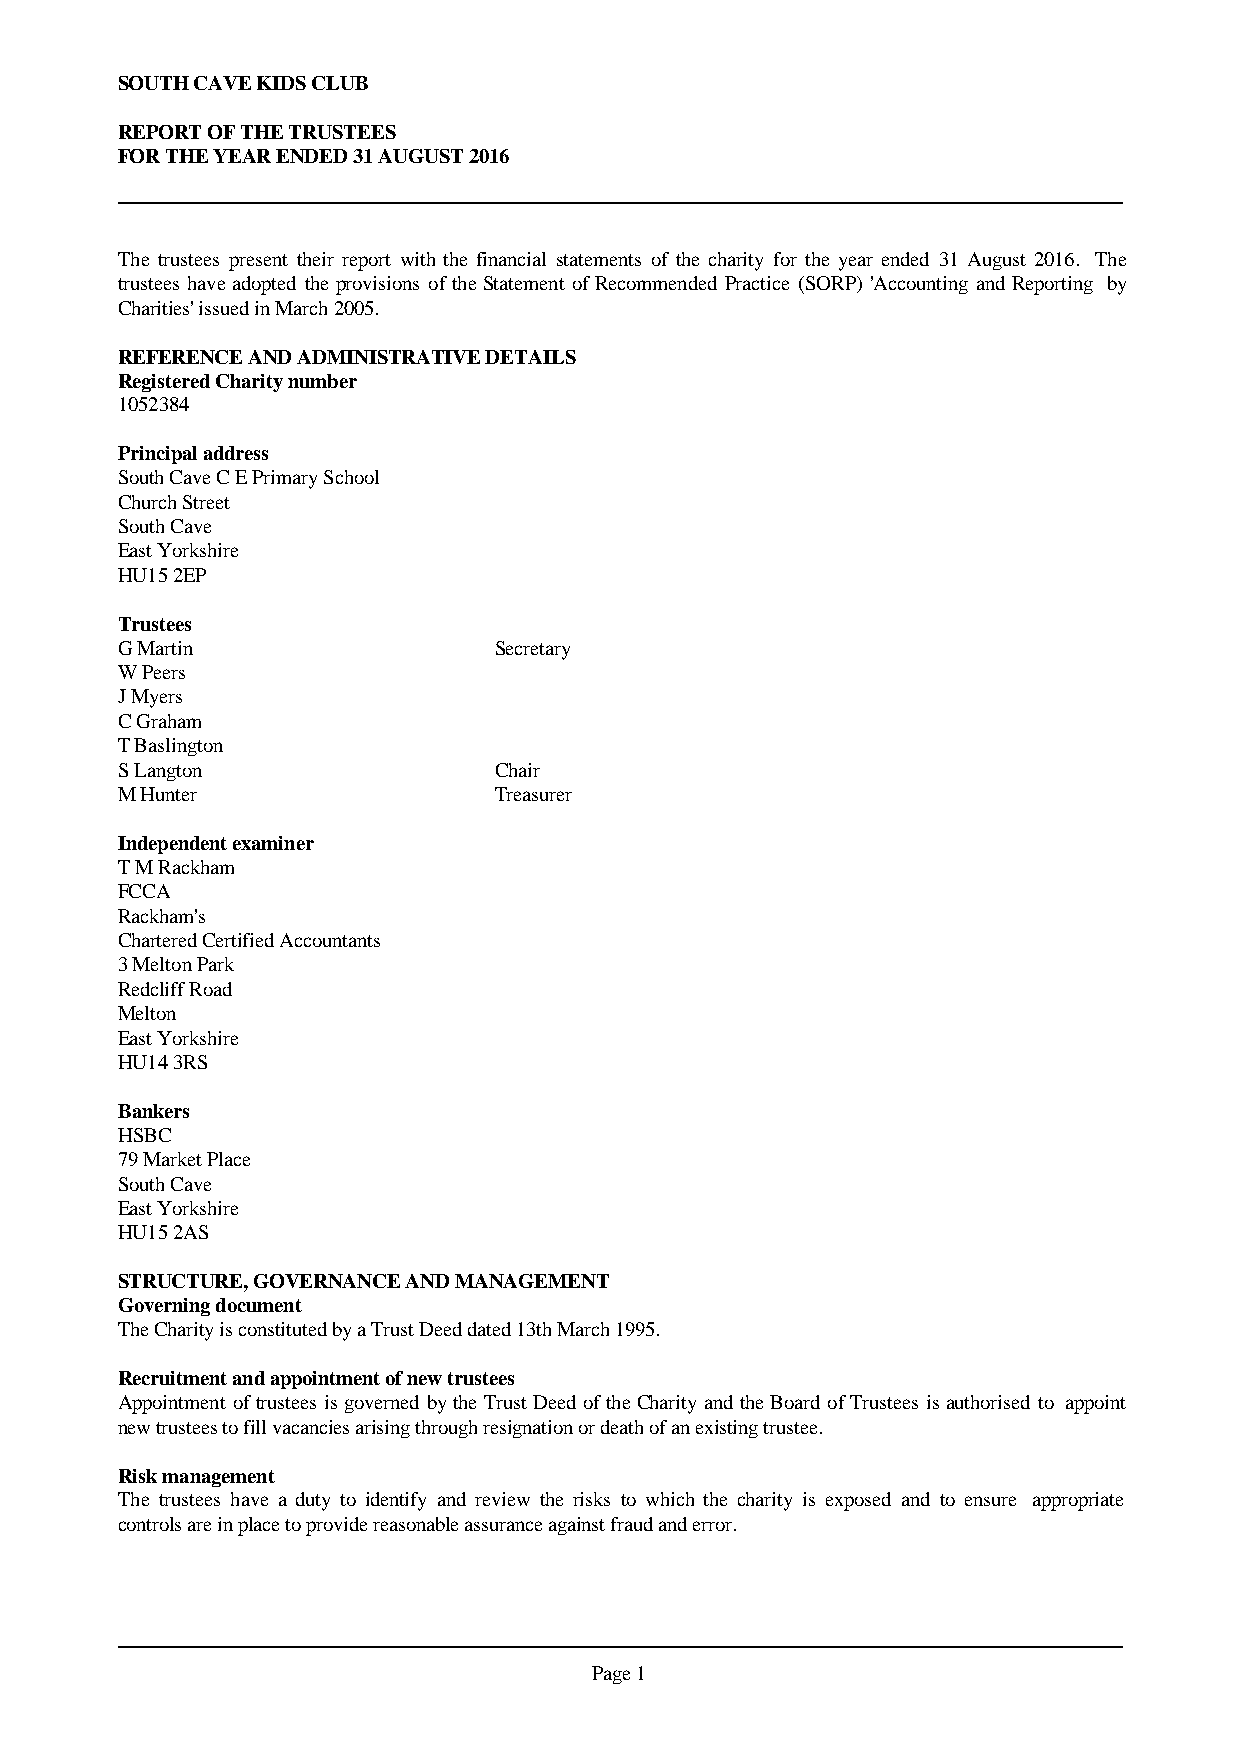
SOUTH CAVE KIDS CLUB
 REPORT OF THE TRUSTEES
 FOR THE YEAR ENDED 31 AUGUST 2016
 The trustees present their report with the financial statements of the charity for the year ended 31 August 2016. The
 trusteeshaveadopted theprovisionsoftheStatementofRecommendedPractice (SORP) 'AccountingandReporting by
 Charities' issued in March 2005.
 REFERENCE AND ADMINISTRATIVE DETAILS
 Registered Charity number
 1052384
 Principal address
 South Cave C E Primary School
 Church Street
 South Cave
 East Yorkshire
 HU15 2EP
 Trustees
 G Martin                 Secretary
 W Peers
 J Myers
 C Graham
 T Baslington
 S Langton                Chair
 M Hunter                 Treasurer
 Independent examiner
 T M Rackham
 FCCA
 Rackham's
 Chartered Certified Accountants
 3 Melton Park
 Redcliff Road
 Melton
 East Yorkshire
 HU14 3RS
 Bankers
 HSBC
 79 Market Place
 South Cave
 East Yorkshire
 HU15 2AS
 STRUCTURE, GOVERNANCE AND MANAGEMENT
 Governing document
 The Charity is constituted by a Trust Deed dated 13th March 1995.
 Recruitment and appointment of new trustees
 AppointmentoftrusteesisgovernedbytheTrustDeedoftheCharityandtheBoardofTrusteesisauthorisedto appoint
 new trustees to fill vacancies arising through resignation or death of an existing trustee.
 Risk management
 The trustees have a duty to identify and review the risks to which the charity is exposed and to ensure appropriate
 controls are in place to provide reasonable assurance against fraud and error.
 Page 1